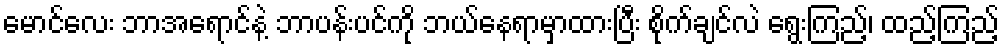
မောင်လေး ဘာအရောင်နဲ့ ဘာပန်းပင်ကို ဘယ်နေရာမှာထားပြီး စိုက်ချင်လဲ ရွေးကြည့်၊ ထည့်ကြည့်